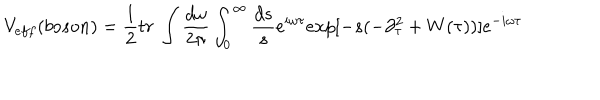
LaTeX: V _ { e f f } ( b o s o n ) = \frac { 1 } { 2 } t r \ \int \frac { d \omega } { 2 \pi } \int _ { 0 } ^ { \infty } \frac { d s } { s } e ^ { i \omega \tau } e x p [ - s ( - \partial _ { \tau } ^ { 2 } + W ( \tau ) ) ] e ^ { - i \omega \tau } \,